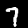
Label: 7